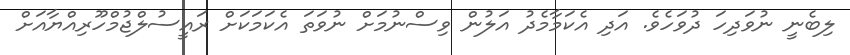
ލިބެނީ ނުވަދިހަ ދުވަހެވެ. އަދި އެކަމާމެދު އަލުން ވިސްނުމަށް ނުވަތަ އެކަމަކަށް ރައީސުލްޖުމްހޫރިއްޔާއަށް